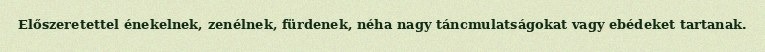
Előszeretettel énekelnek, zenélnek, fürdenek, néha nagy táncmulatságokat vagy ebédeket tartanak.